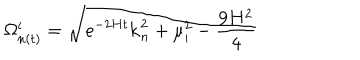
\Omega _ { n ( t ) } ^ { i } = \sqrt { e ^ { - 2 H t } { \bf k } _ { n } ^ { 2 } + \mu _ { i } ^ { 2 } - \frac { 9 H ^ { 2 } } { 4 } }